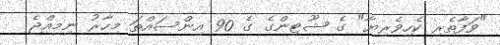
"ވަފާތެރި ކެހިވެރިޔާ" ގެ ޝޫޓިންގެ ގެ 90 އިންސައްތަ މިހާރު ނިމިއްޖެ